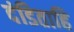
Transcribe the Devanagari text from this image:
दंडिताहि